Report of the Municipal Commissioner on the plague in Bombay for the year ending 31st May... - Volume 2
Disease focus: Plague
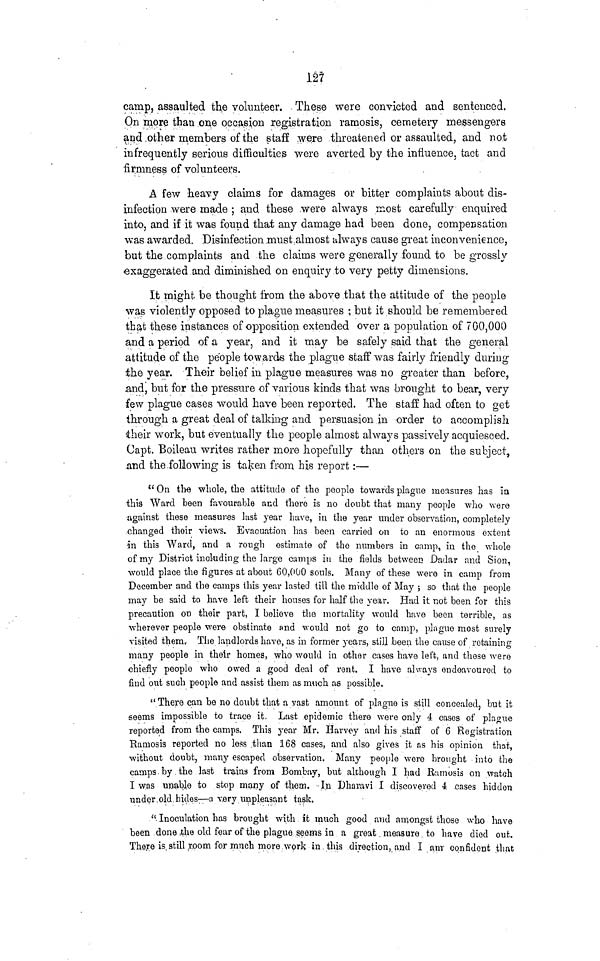
127
camp, assaulted the volunteer. . These were convicted and sentenced,
Qn more than .one occasion registration ramosis, cemetery messengers
and ,other members of the staff were threatened or assaulted, and not
infrequently serious difficulties were averted by the influence, tact and
firmness of volunteers.
A few heavy claims for damages or bitter complaints about dis-
infection were made ; and these .were always most carefully enquired
into, and if it was found that any damage had been done, compensation
w.as awarded. Disinfection must : almost always cause great inconvenience,
but the complaints and the claims were generally found to be grossly
exaggerated and diminished on enquiry to very petty dimensions.
It might be thought from the above that the attitude of the people
was violently opposed to plague measures ; but it should be remembered
that these instances of opposition extended over a population of 700,000
and a period of a year, and it may be safely said that the general
attitude of the people towards the plague staff was fairly friendly during
the year. Their belief in plague measures was no greater than before,
and, but for the pressure of various kinds that was brought to bear, very
few plague cases would have been reported. The staff had often to get
through a great deal of talking and persuasion in -order to accomplish
their work, but eventually the people almost always passively acquiesced.
Oapt. Boileau writes rather more hopefully than others on the subject,
,and the following is taken from his report:—
" On the whole, the attitude of the people towards plague measures has in
•this Ward been favourable and there is no doubt that many people who were
•against these measures last year have, in the year under observation, completely
.changed thoir views. Evacuation has been carried on to an enormous extent
in this Ward, and a rough estimate of the numbers in camp, in the whole
of my District including the large camps in the fields between Dadar and Sion,
would place the figures at about 60,000 souls. Many of these were in camp from
December and the camps this year lasted till the middle of May ; so that the people
may be said to have left their houses for half the year. Had it not been for this
precaution on their part, I believe the mortality would have been terrible, as
wherever people were obstinate and would not go to camp, plague most surely
visited them. The landlords have, as in former years, still been the cause of retaining
many people in their homes, who would in other cases have left, and these were
chiefly people who owed a good deal of rent. I have always endeavoured to
find out such people and assist them as much as possible.
" There can be no doubt that a vast amount of plague is still concealed, but it
seems impossible to trace it. Last epidemic there were only 4 cases of plague
reported from the camps. This year Mr. Harvey and his staff of 6 Registration
Ramosis reported no less .than 168 cases, and also gives it as his opinion that,
without doubt, many escaped observation. Many people were brought into the
camps, by, the last trains from Bombay, but although I had Ramosis on watch
I was unable to stop many of them. -In Dharavi I discovered 4 cases hidden
underbid hides—a very unpleasant task.
.".Inoculation has brought with it much good and amongst those who have
been done ,the old fear of the plague seems in a great. measure to have died out.
There is,still ,1.00m for much more work in. this direction,,and I .anr confident that